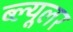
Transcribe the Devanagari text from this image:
ब्ल्यूलर